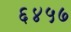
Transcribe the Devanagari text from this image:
६४५७